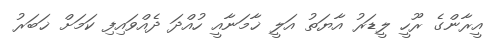
އީރާންގެ ރޫހީ ލީޑަރު އާޔަތު އަލީ ޚާމަނާއީ ހުއްދަ ދެއްވައިފި ކަމަށް ޚަބަރު